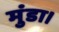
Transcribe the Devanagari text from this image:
मुंडा।